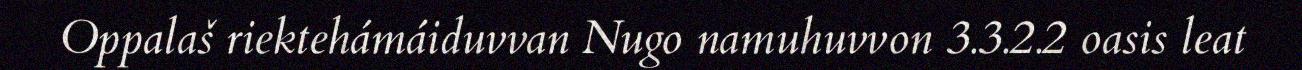
Oppalaš riektehámáiduvvan Nugo namuhuvvon 3.3.2.2 oasis leat